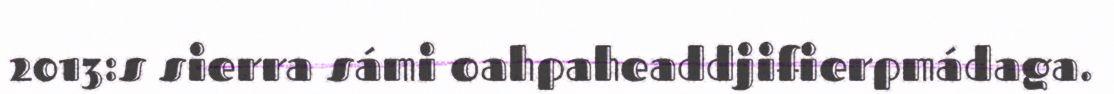
2013:s sierra sámi oahpaheaddjifierpmádaga.